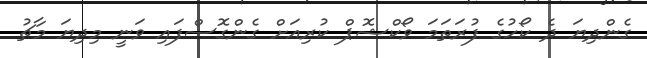
ގެންދިޔަ ދެ ކޯހުގެ ފުރަތަމަ ވޯކްޝޮޕް ކުރިއަށް ގެންގޮސްފައި ވަނީ މިދިޔަ މާޗު